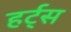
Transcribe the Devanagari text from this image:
हर्ट्‌स